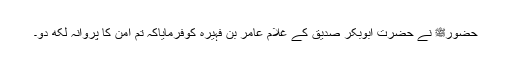
حضورﷺ نے حضرت ابوبکر صدیقؓ کے غلام عامر بن فہیرہؓ کوفرمایاکہ تم امن کا پروانہ لکھ دو۔